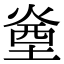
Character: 㷑